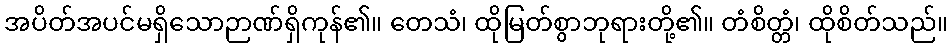
အပိတ်အပင်မရှိသောဉာဏ်ရှိကုန်၏။ တေသံ၊ ထိုမြတ်စွာဘုရားတို့၏။ တံစိတ္တံ၊ ထိုစိတ်သည်။